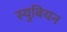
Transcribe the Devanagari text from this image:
स्युबियन